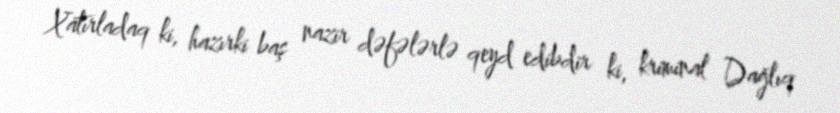
Xatırladaq ki, hazırki baş nazir dəfələrlə qeyd edibdir ki, kriminal Dağlıq